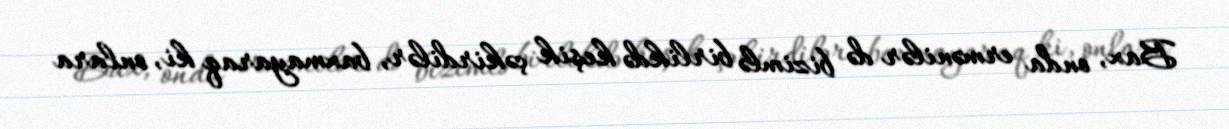
Bax, onda ermənilər də bizimlə birlikdə keşik çəkirdilər, baxmayaraq ki, onlara